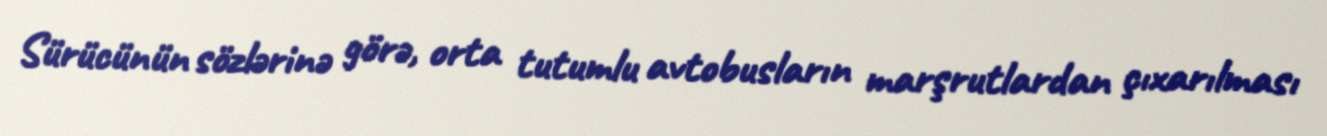
Sürücünün sözlərinə görə, orta tutumlu avtobusların marşrutlardan çıxarılması